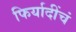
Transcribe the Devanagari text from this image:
फिर्यादींचं